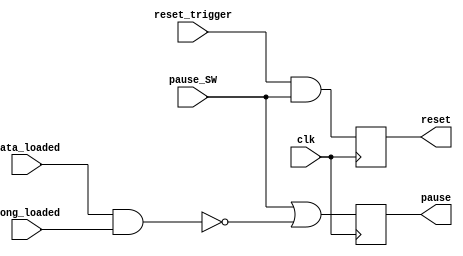
module CL_fsm(
    input clk,
    input pause_SW, //debounced pause switch
    input data_loaded,
    input song_loaded,
    input reset_trigger, //debounced reset button
    output reg pause, //pause game state
    output reg reset //reset game signal
    );
    
    always @(posedge clk) begin
        pause <= pause_SW || !(data_loaded && song_loaded);
        reset <= reset_trigger && pause_SW; //resets only in paused
    end
    
endmodule